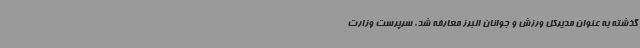
گذشته به عنوان مدیرکل ورزش و جوانان البرز معارفه شد. سرپرست وزارت